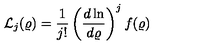
{ \mathcal L } _ { j } ( \varrho ) = \frac { 1 } { j ! } \left( \frac { d \ln } { d \varrho } \right) ^ { j } f ( \varrho )